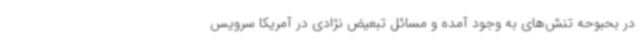
در بحبوحه تنش‌های به وجود آمده و مسائل تبعیض نژادی در آمریکا سرویس